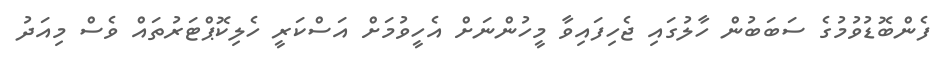
ފެންބޮޑުވުމުގެ ސަބަބުން ހާލުގައި ޖެހިފައިވާ މީހުންނަށް އެހީވުމަށް އަސްކަރީ ހެލިކޮޕްޓަރުތައް ވެސް މިއަދު